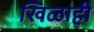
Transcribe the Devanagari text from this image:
खिळाही